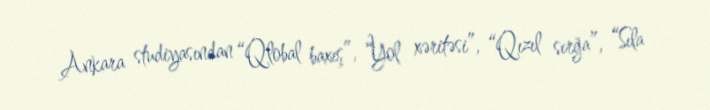
Ankara studiyasından “Qlobal baxış”, “Yol xəritəsi”, “Qızıl sırğa”, “Sıla